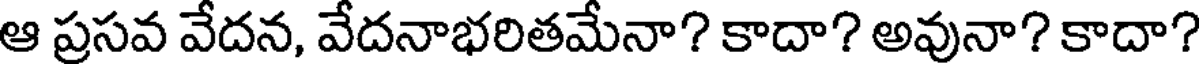
ఆ ప్రసవ వేదన, వేదనాభరితమేనా? కాదా? అవునా? కాదా?